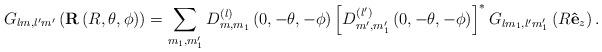
LaTeX: \begin{align*}G_{lm,l^{\prime}m^{\prime}}\left( \mathbf{R}\left( R,\theta,\phi\right)\right) =\sum_{m_{1},m_{1}^{\prime}}D_{m,m_{1}}^{\left( l\right) }\left(0,-\theta,-\phi\right) \left[ D_{m^{\prime},m_{1}^{\prime}}^{\left(l^{\prime}\right) }\left( 0,-\theta,-\phi\right) \right] ^{\ast}G_{lm_{1},l^{\prime}m_{1}^{\prime}}\left( R\mathbf{\hat{e}}_{z}\right).\end{align*}